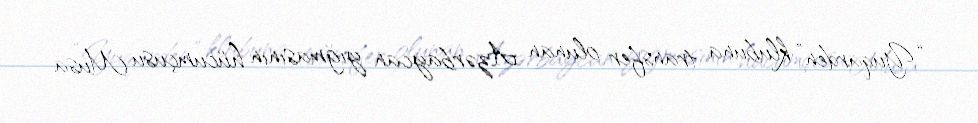
“Yuqarden” klubuna transfer olunan Azərbaycan yığmasının hücumçusu Musa